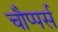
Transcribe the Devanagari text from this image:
चौप्पर्स